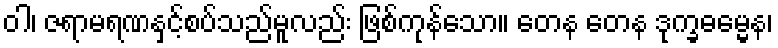
ဝါ၊ ဇရာမရဏနှင့်စပ်သည်မူလည်း ဖြစ်ကုန်သော။ တေန တေန ဒုက္ခဓမ္မေန၊